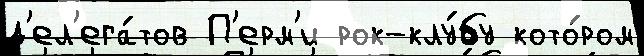
д'ел'ега́тов П'ерм'и рок-клу́бу кото́ром